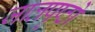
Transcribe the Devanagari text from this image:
जालपृष्ठों